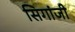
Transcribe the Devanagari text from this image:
सिगांजी